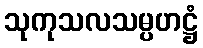
သုကုသလသမ္ပဟဋ္ဌံ